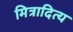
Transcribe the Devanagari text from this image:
मित्रादित्य